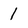
Character: 1